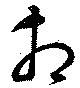
相